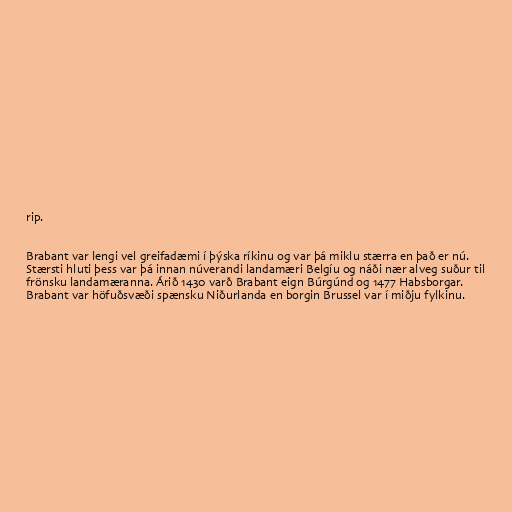
rip.

Brabant var lengi vel greifadæmi í þýska ríkinu og var þá miklu stærra en það er nú.
Stærsti hluti þess var þá innan núverandi landamæri Belgíu og náði nær alveg suður til
frönsku landamæranna. Árið 1430 varð Brabant eign Búrgúnd og 1477 Habsborgar.
Brabant var höfuðsvæði spænsku Niðurlanda en borgin Brussel var í miðju fylkinu.